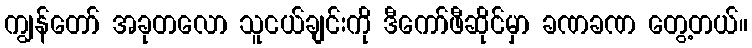
ကျွန်တော် အခုတလော သူငယ်ချင်းကို ဒီကော်ဖီဆိုင်မှာ ခဏခဏ တွေ့တယ်။